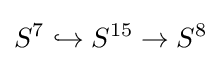
S^{7}\hookrightarrow S^{15}\rightarrow S^{8}